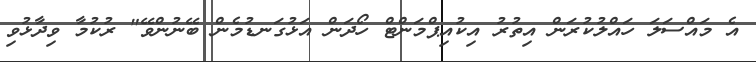
އެ މައްސަލަ ހައްލުކުރަން އިތުރު އިކުއިޕްމަންޓް ހޯދަން އަޅުގަނޑުމެން ބޭނުންވޭ" ރުކުމާ ވިދާޅުވި